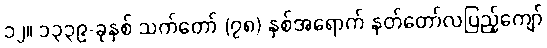
၁၂။ ၁၃၃၉-ခုနှစ် သက်တော် (၇၈) နှစ်အရောက် နတ်တော်လပြည့်ကျော်